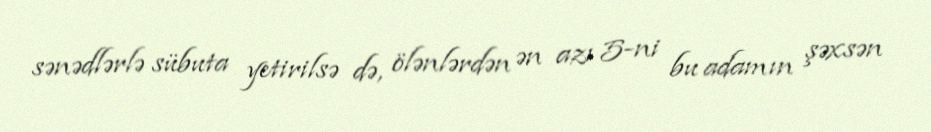
sənədlərlə sübuta yetirilsə də, ölənlərdən ən azı 5-ni bu adamın şəxsən